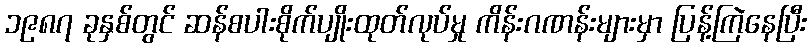
၁၉၈၇ ခုနှစ်တွင် ဆန်စပါးစိုက်ပျိုးထုတ်လုပ်မှု ကိန်းဂဏန်းများမှာ ပြန့်ကြဲနေပြီး